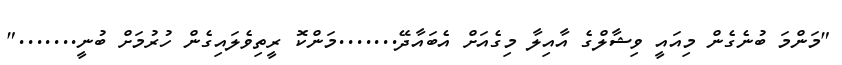
"މަންމަ ބުނެގެން މިއައީ ވިޝާލްގެ އާއިލާ މިގެއަށް އެބައާދޭ.......މަންކޮ ރީތިވެލައިގެން ހުރުމަށް ބުނީ......."